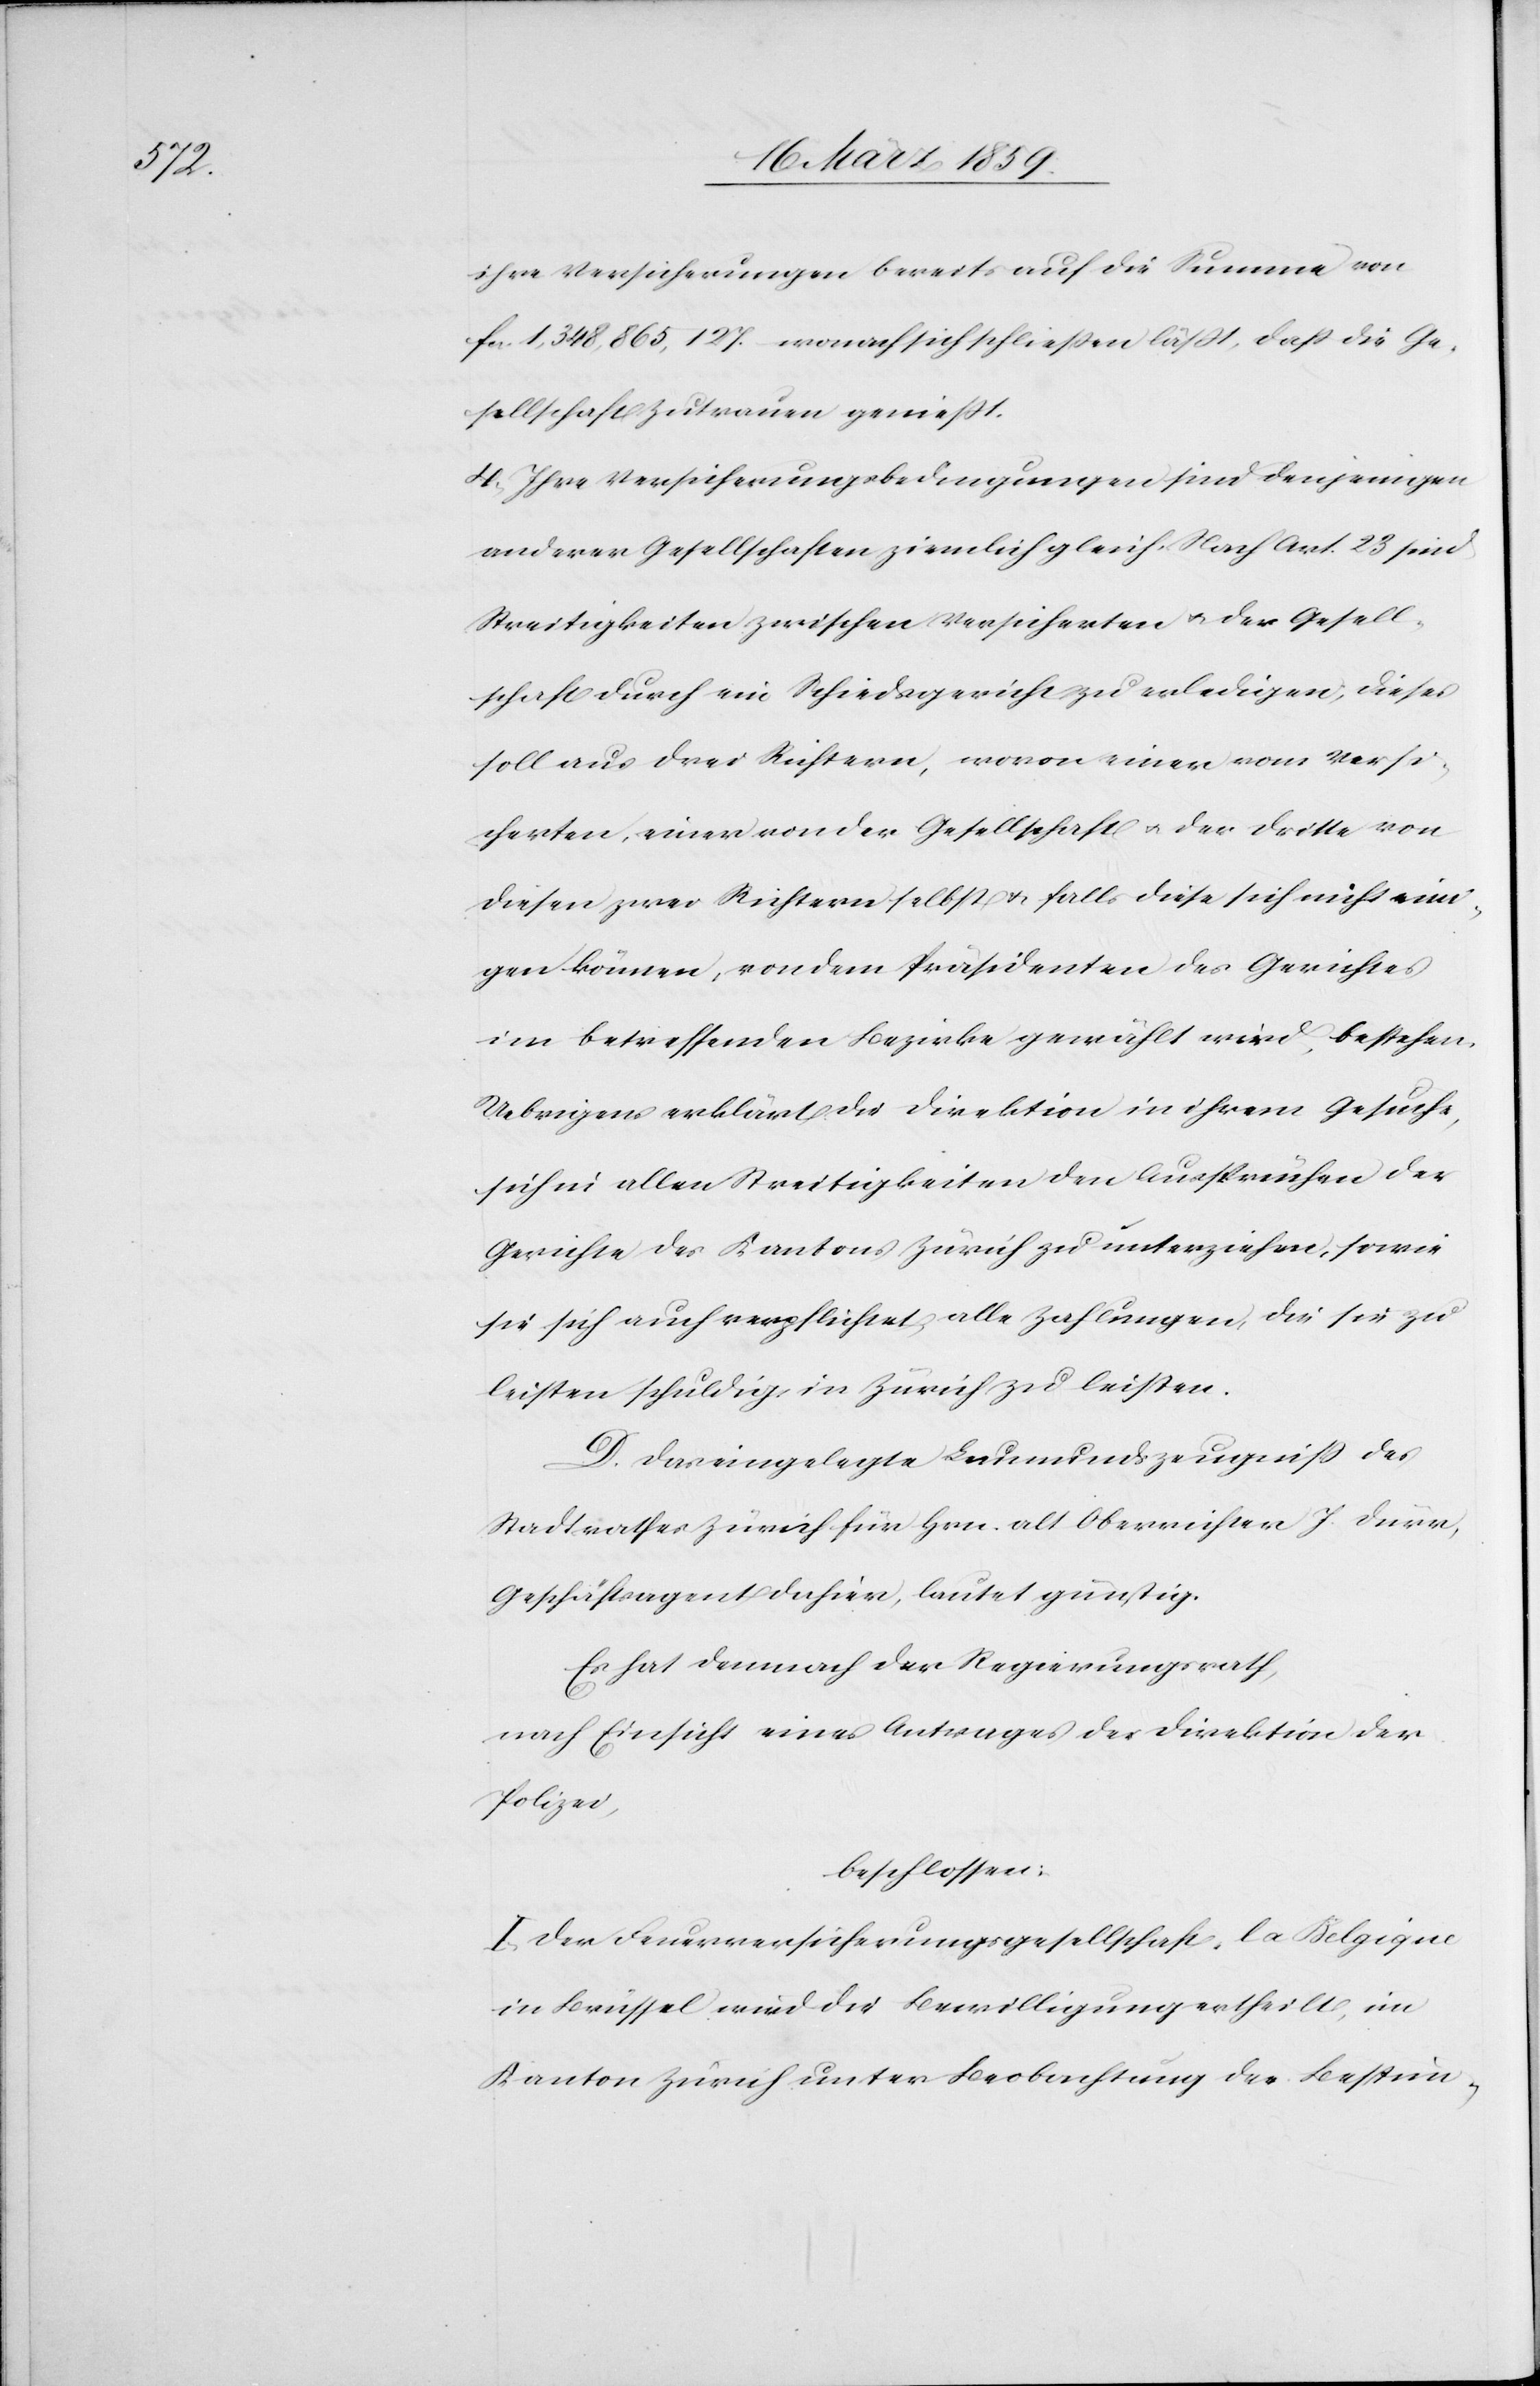
ihre Versicherungen bereits auf die Summe von
fcs. 1,348,865,127. wonach sich schließen läßt, daß die Ge¬
sellschaft Zutrauen genießt.
4) Ihre Versicherungsbedingungen sind denjenigen
anderer Gesellschaften ziemlich gleich. Nach Art. 23 sind
Streitigkeiten zwischen Versicherten u. der Gesell¬
schaft durch ein Schiedsgericht zu erledigen; dieses
soll aus drei Richtern, wovon einer vom Versi¬
cherten, einer von der Gesellschaft u. der Dritte von
diesen zwar Richtern selbst & falls diese sich nicht eini¬
gen können, von dem Präsidenten des Gerichtes
im betreffenden Bezirke gewählt wird, bestehen.
Uebrigens erklärt die Direktion in ihrem Gesuche,
sich in allen Streitigkeiten den Aussprüchen der
Gerichte des Kantons Zürich zu unterziehen, sowie
sie sich auch verpflichtet, alle Zahlungen, die sie zu
leisten schuldig, in Zürich zu leisten.
D. Das eingelegte Leumundszeugniß des
Stadtrathes Zürich für Hrn. alt Oberrichter J. Dürr,
Geschäftsagent dahier, lautet günstig.
nach Einsicht eines Antrages der Direktion der
Polizei,
beschlossen:
I. Der Feuerversicherungsgesellschaft „la Belgique[“]
in Brüssel wird die Bewilligung ertheilt, im
Kanton Zürich unter Beobachtung der Bestim-